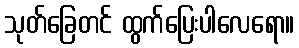
သုတ်ခြေတင် ထွက်ပြေးပါလေရော။